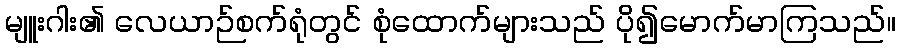
မျူးဂါး၏ လေယာဉ်စက်ရုံတွင် စုံထောက်များသည် ပို၍မောက်မာကြသည်။